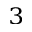
_ 3